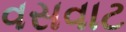
વસવાટ